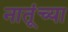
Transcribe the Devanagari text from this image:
नातूंच्या